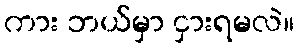
ကား ဘယ်မှာ ငှားရမလဲ။